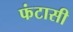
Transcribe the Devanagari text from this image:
फंटासी